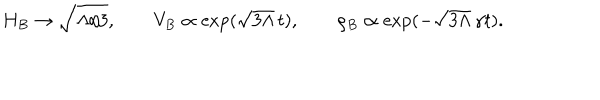
H _ { B } \to \sqrt { \Lambda / 3 } , \qquad V _ { B } \propto \exp ( \sqrt { 3 \Lambda } \, t ) , \qquad \rho _ { B } \propto \exp ( - \sqrt { 3 \Lambda } \, \gamma t ) .